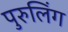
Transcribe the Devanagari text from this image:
पुरुलिंग